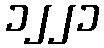
၁၂၂၁